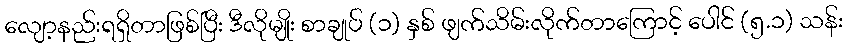
လျော့နည်းရရှိတာဖြစ်ပြီး ဒီလိုမျိုး စာချုပ် (၁) နှစ် ဖျက်သိမ်းလိုက်တာကြောင့် ပေါင် (၅.၁) သန်း